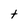
Character: t